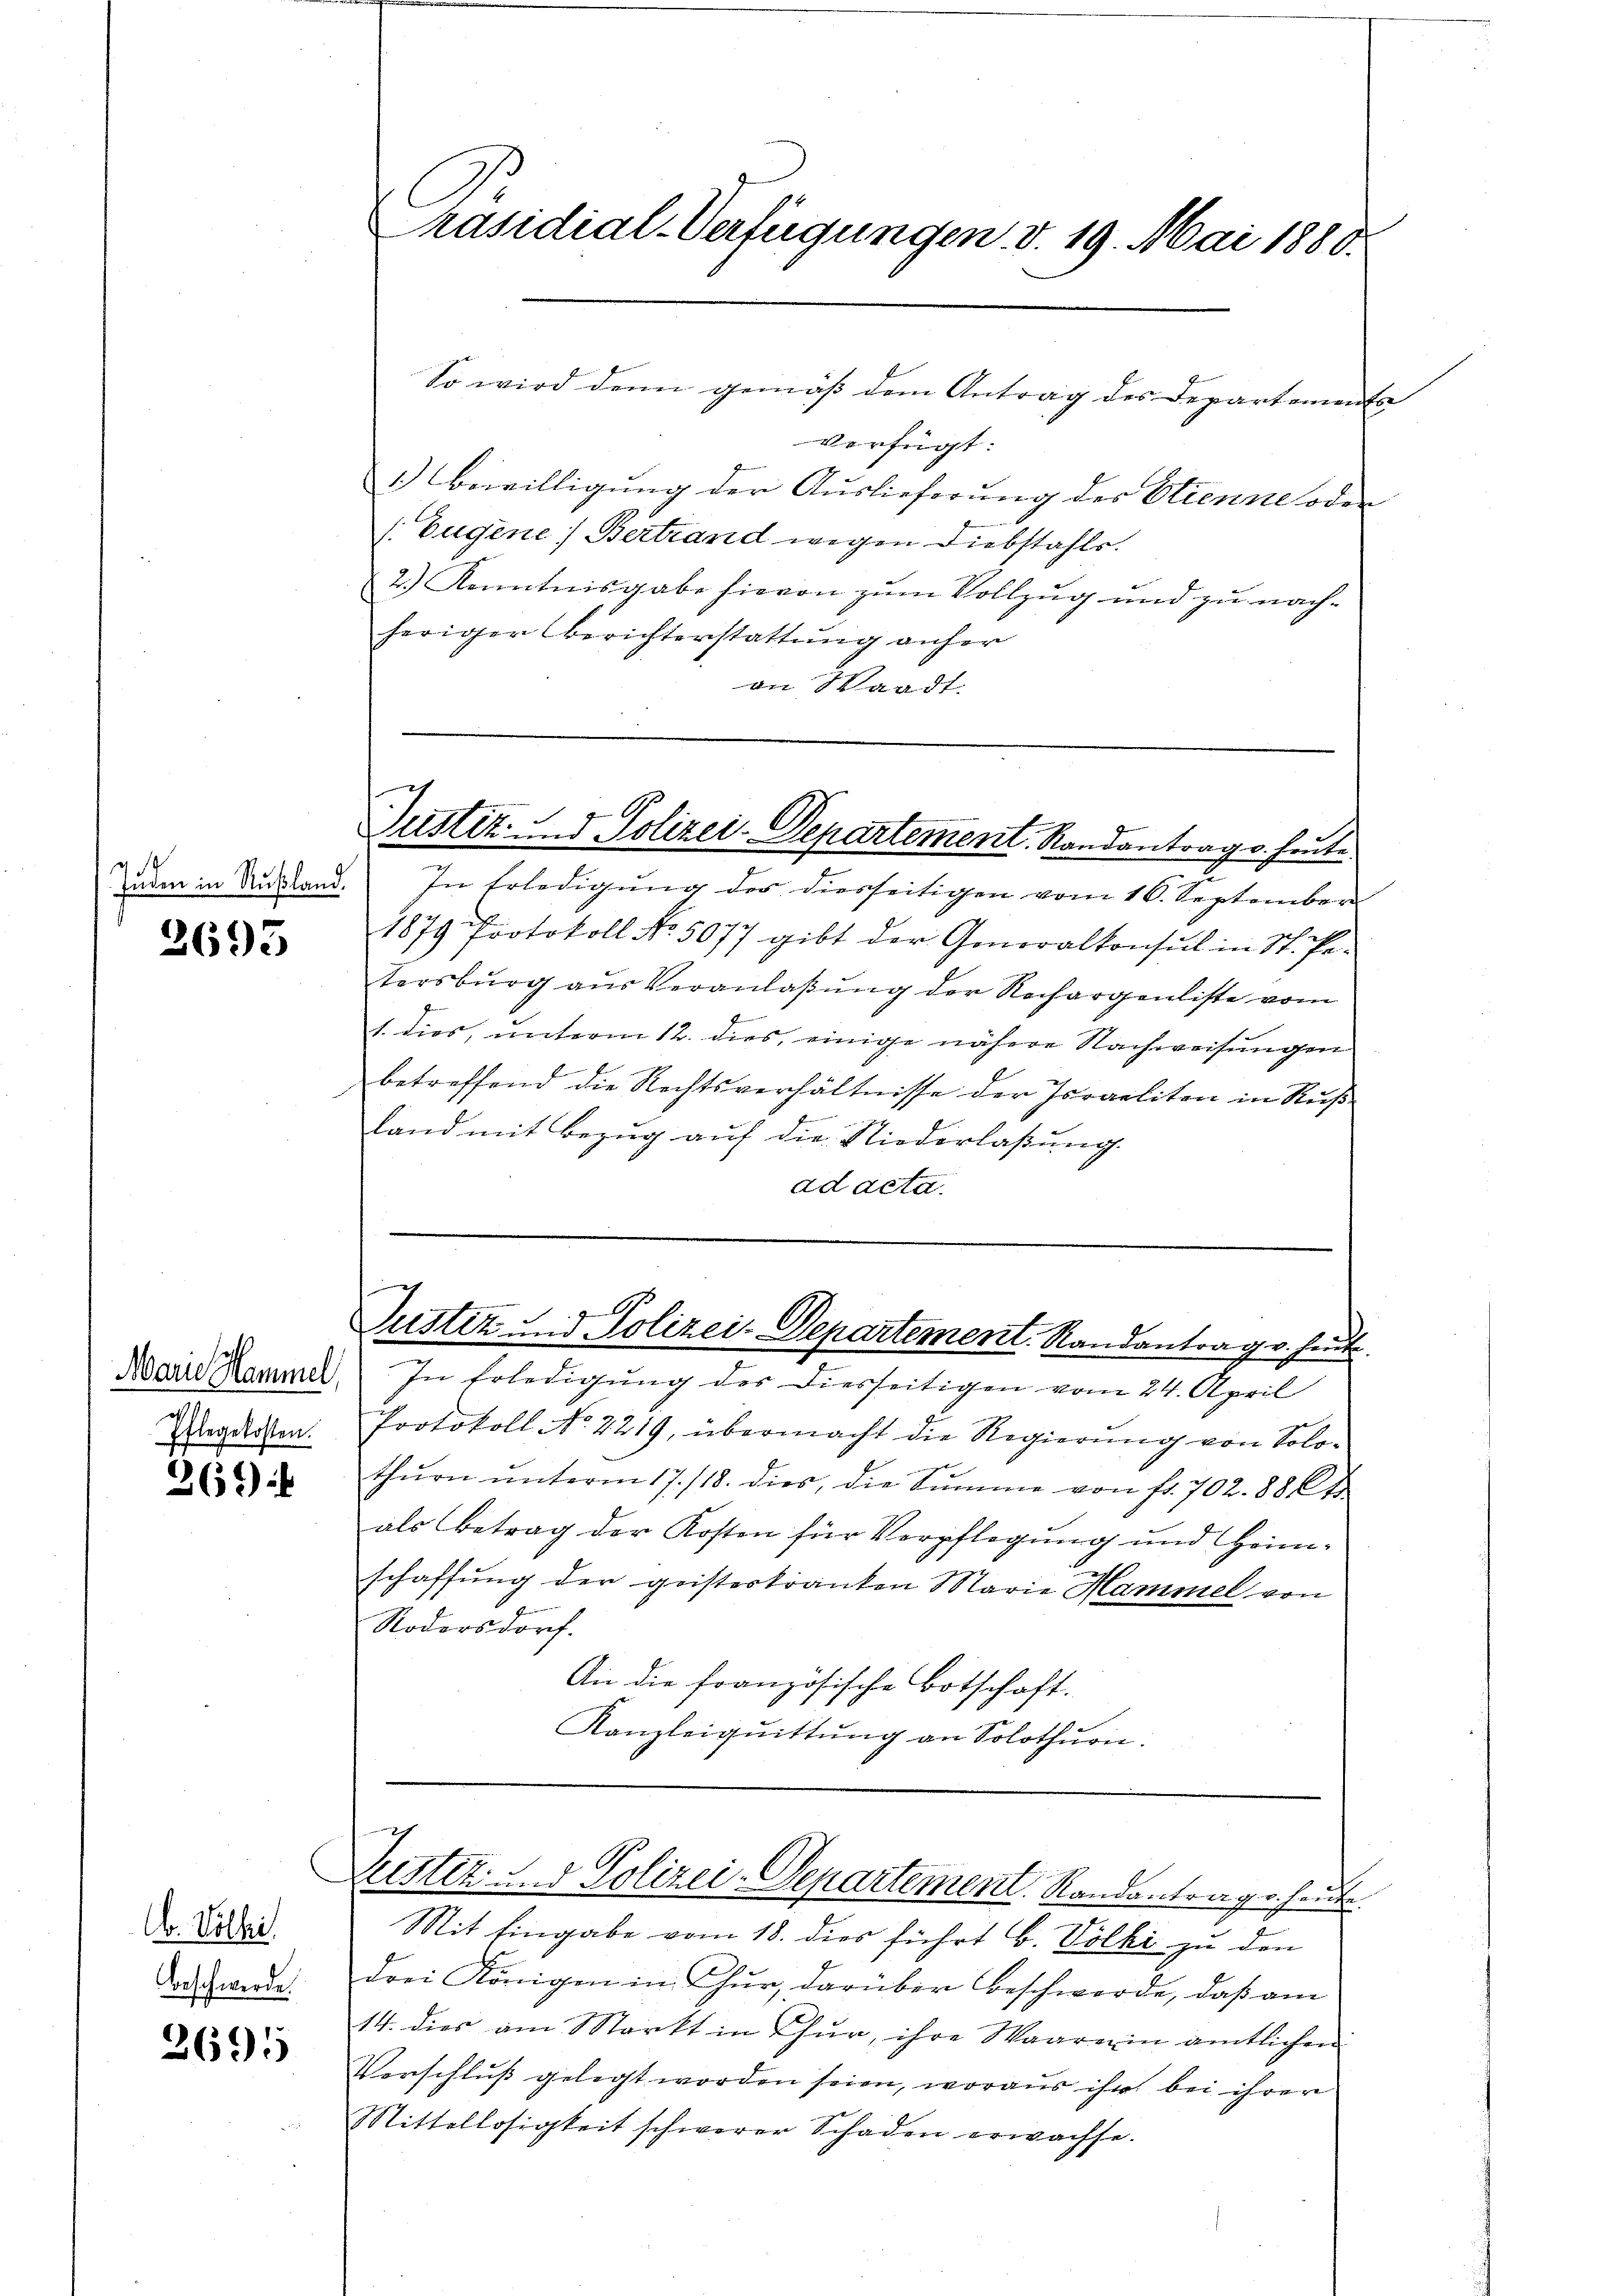
1
Enden in Rußland.

2693

Pflegekosten.

264)

b. Volhi
Beschwerde.

2695

Präsidial-Verfügungen v. 19. Mai 1880.

verfügt:
1.) Bewilligung der Auslieferung des Stienne oder
/. Eugene Bertrand wegen Diebstahls.
2.) Kenntnisgabe hievon zum Vollzug und zu nachheriger Berichterstattung anher
an Waadt.

In Erledigung des diesseitigen vom 16. September
1879 Protokoll No. 5077 gibt der Generalkonsul in St. Pe-
tersburg aus Veranlaßung der Rechargenliste vom
f
1. dies, unterm 12. dies, einige nähere Nachweisungen
betreffend die Rechtsverhältnisse der Israeliten in Ruß
land mit Bezug auf die Niederlassung.
ad acta.

So wird denn gemäß dem Antrag des Departements

i
ustiz und Polizei-Departement. Randantrag v. heute.

Marie Kammel, In Erledigung der diesseitigen vom 24. April
Protokoll No 2219, übermacht die Regierung von Solothŭrn ŭnterm 17./18. dies, die Sŭmme von fr. 702. 886
als Betrag der Kosten für Verpflegung und Heimschaffung der geisterkranken Marie Hammel von
Rodorsdorf.
An die französische Botschaft.
Kanzleiqŭittŭng an Solothurn.

Justiz und Polizei-Departement. Randantrag v. heute

.
Justiz- & Polizei-Departement Randantrage heute.

Mit Eingabe vom 18. dies führt b. Volki zu den
drei Königen in Chur, darüber Beschwerde, daß am
14. dies am Markt in Chur, ihre Waarein amtlichen
Verschluß gelegt worden seien, woraus ihr bei ihrer
Mittellosigkeit schwerer Schaden erwachse.